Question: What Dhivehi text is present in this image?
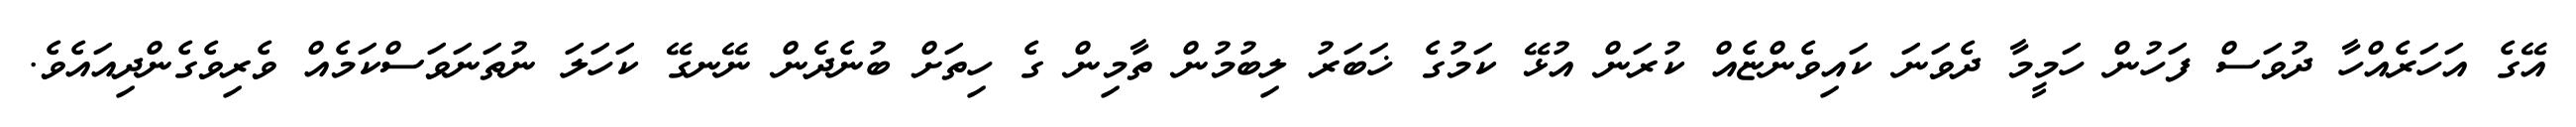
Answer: އޭގެ އަހަރެއްހާ ދުވަސް ފަހުން ހަމީމާ ދެވަނަ ކައިވެންޏެއް ކުރަން އުޅޭ ކަމުގެ ޚަބަރު ލިބުމުން ތާމިން ގެ ހިތަށް ބުނެދެން ނޭނގޭ ކަހަލަ ނުތަނަވަސްކަމެއް ވެރިވެގެންދިއައެވެ.